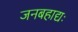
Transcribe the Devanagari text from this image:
जनबहाद्यः